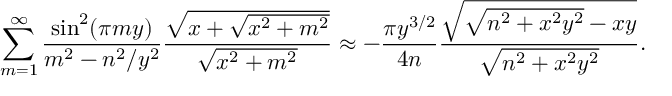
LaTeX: \sum _ { m = 1 } ^ { \infty } \frac { \sin ^ { 2 } ( \pi m y ) } { m ^ { 2 } - n ^ { 2 } / y ^ { 2 } } \frac { \sqrt { x + \sqrt { x ^ { 2 } + m ^ { 2 } } } } { \sqrt { x ^ { 2 } + m ^ { 2 } } } \approx - \frac { \pi y ^ { 3 / 2 } } { 4 n } \frac { \sqrt { \sqrt { n ^ { 2 } + x ^ { 2 } y ^ { 2 } } - x y } } { \sqrt { n ^ { 2 } + x ^ { 2 } y ^ { 2 } } } .